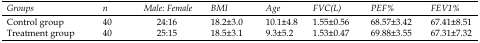
| Groups | n | Male: Female | BMI | Age | FVC(L) | PEF% | FEV1% |
 | --- | --- | --- | --- | --- | --- | --- | --- |
 | Control group | 40 | 24:16 | 18.2±3.0 | 10.1±4.8 | 1.55±0.56 | 68.57±3.42 | 67.41±8.51 |
 | Treatment group | 40 | 25:15 | 18.5±3.1 | 9.3±5.2 | 1.53±0.47 | 69.88±3.55 | 67.31±7.32 |